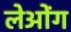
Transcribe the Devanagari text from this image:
लेओंग